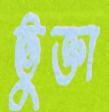
ভুক্তা